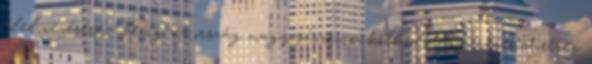
élelmezésére. Míg az ország nagy része szűkölködött, a régensherceg